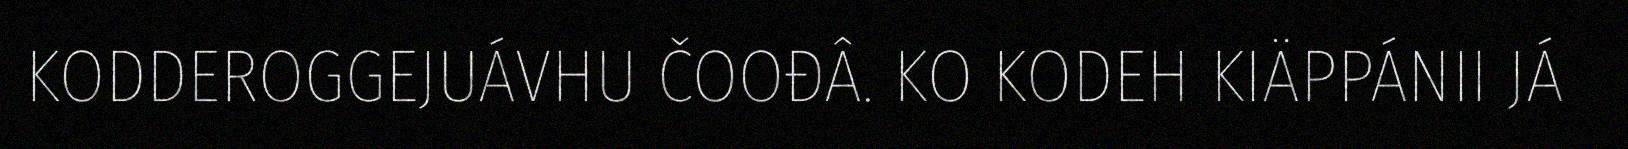
KODDEROGGEJUÁVHU ČOOĐÂ. KO KODEH KIÄPPÁNII JÁ